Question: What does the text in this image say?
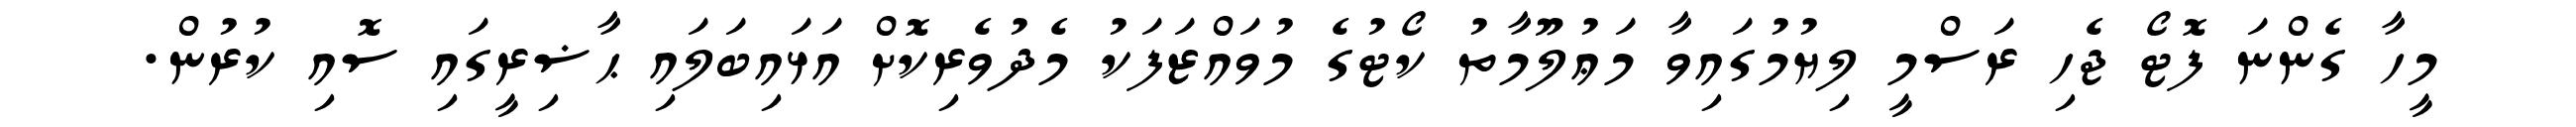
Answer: މީހާ ގެންނަ ފޮޓޯ ޖެހި ރަސްމީ ލިޔުމުގައިވާ މަޢުލޫމާތު ކޯޓުގެ މުވައްޒަފަކު މެދުވެރިކޮށް އަޅައިބަލައި ޙާޟިރީގައި ސޮއި ކުރުން.